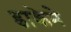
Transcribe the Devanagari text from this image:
डाकेने